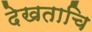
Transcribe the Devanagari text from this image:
देखताचि